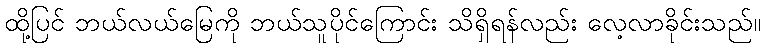
ထို့ပြင် ဘယ်လယ်မြေကို ဘယ်သူပိုင်ကြောင်း သိရှိရန်လည်း လေ့လာခိုင်းသည်။